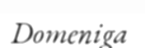
Domeniga